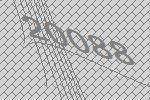
20088